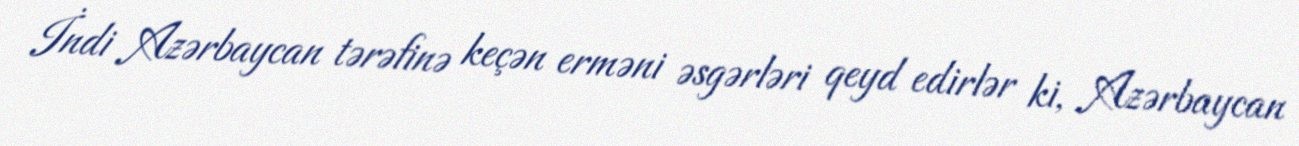
İndi Azərbaycan tərəfinə keçən erməni əsgərləri qeyd edirlər ki, Azərbaycan